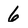
Character: 6